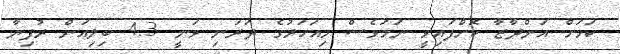
ކަމަށް އަންދާޒާ ކޮށްފައިވީ ނަމަވެސް މިއަހަރުގެ ދަރަނި ވަނީ 4.3 ބިލިއަން ރުފިޔާ